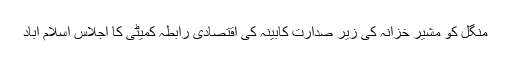
منگل کو مشیر خزانہ کی زیر صدارت کابینہ کی اقتصادی رابطہ کمیٹی کا اجلاس اسلام آباد